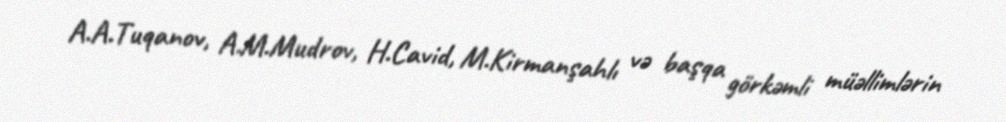
A.A.Tuqanov, A.M.Mudrov, H.Cavid, M.Kirmanşahlı və başqa görkəmli müəllimlərin